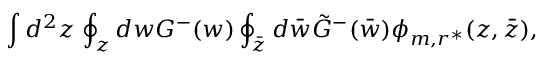
\int d ^ { 2 } z \, \oint _ { z } d w G ^ { - } ( w ) \oint _ { \bar { z } } d \bar { w } \tilde { G } ^ { - } ( \bar { w } ) \phi _ { m , r ^ { * } } ( z , \bar { z } ) ,